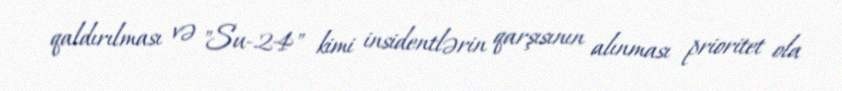
qaldırılması və "Su-24" kimi insidentlərin qarşısının alınması prioritet ola